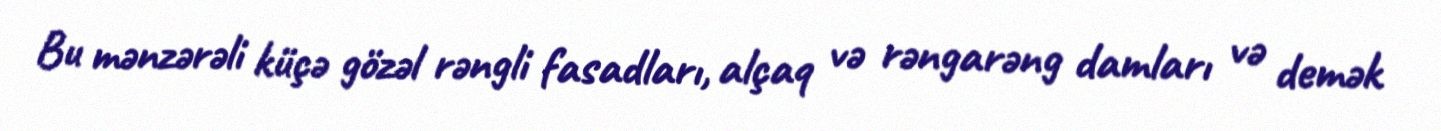
Bu mənzərəli küçə gözəl rəngli fasadları, alçaq və rəngarəng damları və demək